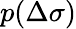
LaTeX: p(\Delta\sigma)